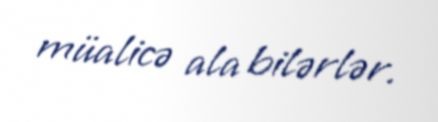
müalicə ala bilərlər.